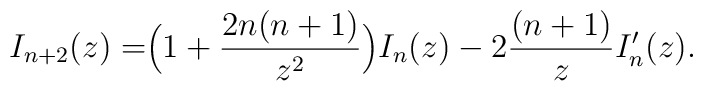
I_{n+2}(z)=\Bigr(1+{2n(n+1)\over z^{2}}\Bigr)I_{n}(z)-2{(n+1)\over z}I_{n}'(z) .